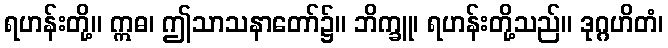
ရဟန်းတို့။ ဣဓ၊ ဤသာသနာတော်၌။ ဘိက္ခူ၊ ရဟန်းတို့သည်။ ဒုဂ္ဂဟိတံ၊